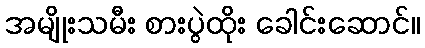
အမျိုးသမီး စားပွဲထိုး ခေါင်းဆောင်။